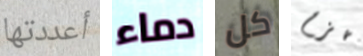
أعددتها دماء كل تهزم